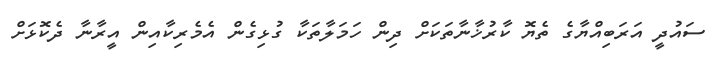
ސައުދީ އަރަބިއްޔާގެ ތެޔޮ ކާރުޚާނާތަކަށް ދިން ހަމަލާތަކާ ގުޅިގެން އެމެރިކާއިން އީރާނާ ދެކޮޅަށް